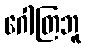
ဂေါတြဘူ